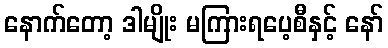
နောက်တော့ ဒါမျိုး မကြားရပေ့စီနှင့် နော်